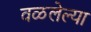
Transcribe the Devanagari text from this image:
वळलेल्या